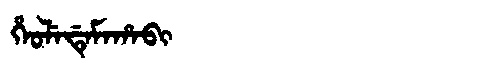
Manchu: ᡥᡝᠣᠯᡝᡩᡝᠮᠠᡥᠠᠪᡳ
Romanization: HEOLEDEMAHABI